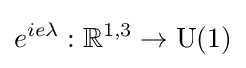
e^{ie\lambda }:\mathbb {R} ^{1,3}\rightarrow {\text{U}}(1)